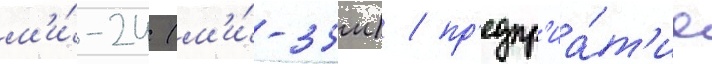
м'и́-24 (м'и́-35м) / пр'едпр'иа́т'ие